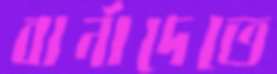
বার্নাদেতে